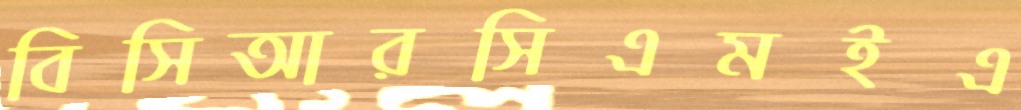
বিসিআরসিএমইএ